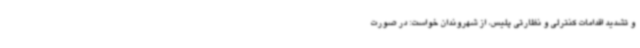
و تشدید اقدامات کنترلی و نظارتی پلیس، از شهروندان خواست: در صورت